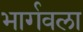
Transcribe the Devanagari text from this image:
भार्गवला